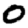
Digit: 0